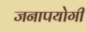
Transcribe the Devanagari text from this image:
जनापयोगी